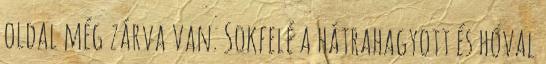
oldal még zárva van. Sokfelé a hátrahagyott és hóval